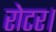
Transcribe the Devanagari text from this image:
रोटर।